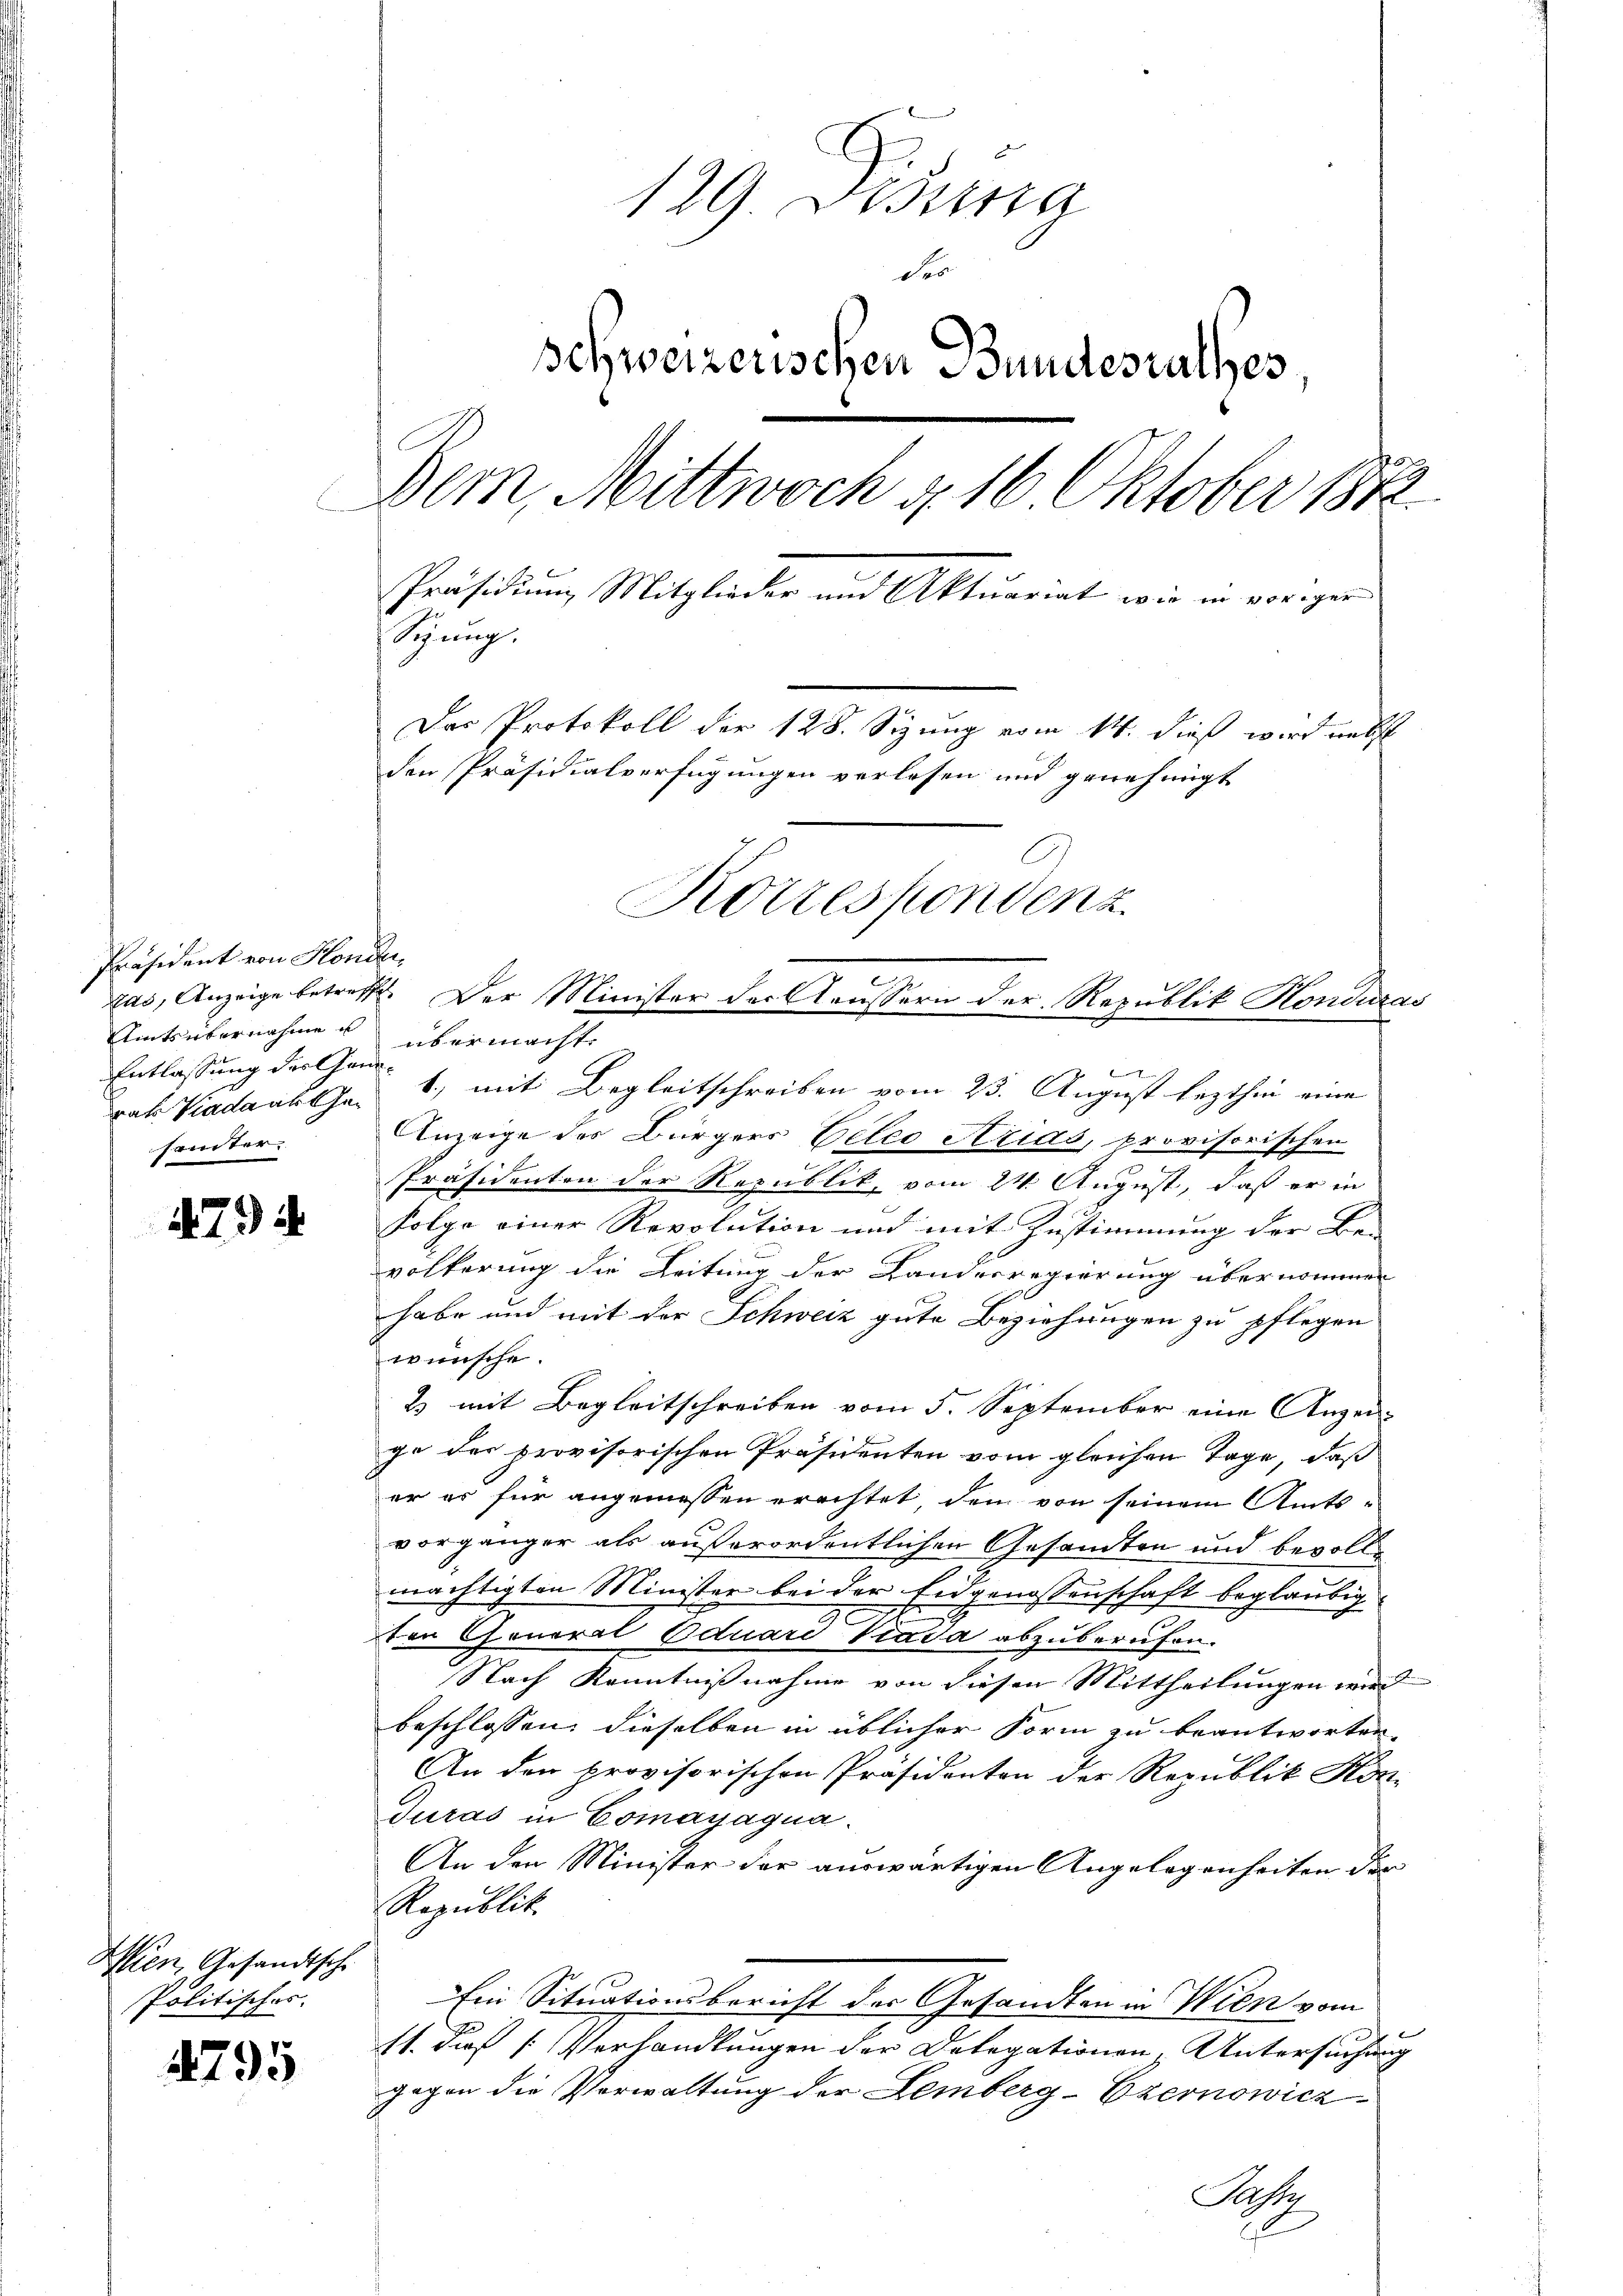
Präsident von Honder
Amts übernahme u. übermacht.
Entlassung der Handhämter.

179)

Wien, Gesandtsche
Politischer.

4795

129. Dessa
Fer
schweizerischen Bundesrathes
Dem Mittwoch d. 16. Oktober 1872
Präsidium Mitglieder und Aktuariat wie in voriger
Synng.
Das Protokoll der 128. Sizung vom 14. dieß wird nebst
den Präsidialverfügungen verlesen und genehmigt
Korrespondenz
Das, Anzeige betreffe. Der Minister der Aeussern der Republik Honduras

vat Viadans le 1.) mit Begleitschreiben vom 23. August lezthin eine
Anzeige des Bürgers Oetes Arids, provisorischen
Präsidenten der Republik, vom 24. August, daß er in
Folge einer Revolution und mit Zustimmung der Be-
völkerung die Leitung der Landesregierung übernommen
habe und mit der Schweiz gute Beziehungen zu pflegen
wünsche.
2 mit Begleitschreiben vom 5. September eine Anzeige der provisorischen Präsidenten vom gleichen Tage, daß
er es für angemessen erachtet, dem von seinem Amts-
vorgänger als außerordentlichen Gesandten und bevoll-
mächtigten Minister bei der Eidgenossenschaft beglaubig
ton General Eduard Viada abzuberufen.
Nach Kenntnißnahme von diesen Mittheilungen wird
beschlossen: dieselben in üblicher Form zu beantworten.
An der provisorischen Präsidenten der Republik Kon-
Turas in Comayagna.
An den Minister der auswärtigen Angelegenheiten der
Republik.
Ein Situationsbericht der Gesandten in Wien vom
11. dieß [Verhandlungen der Delegationen, Untersuchung
gagen die Verwaltung der Lemberg-Ezernowicz
Pass